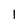
Character: l